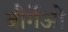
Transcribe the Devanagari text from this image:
बौर्गेओं